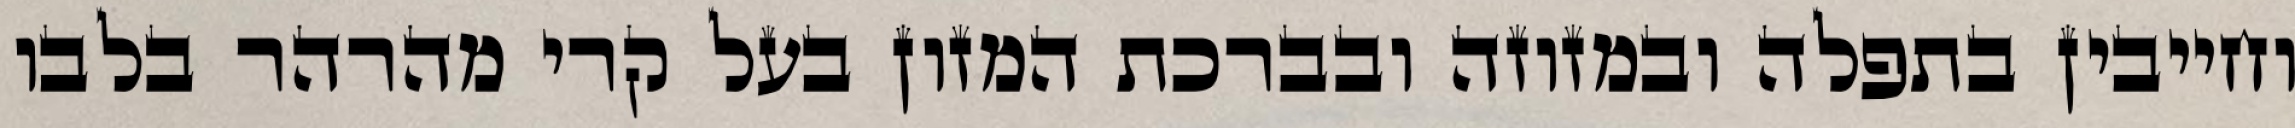
וחייבין בתפלה ובמזוזה ובברכת המזון בעל קרי מהרהר בלבו